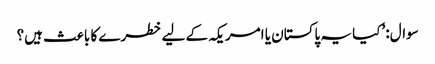
سوال: ’کیا یہ پاکستان یا امریکہ کے لیے خطرے کا باعث ہیں؟